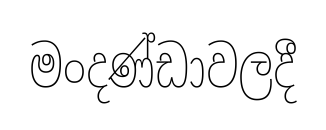
මංදණ්ඩාවලදී